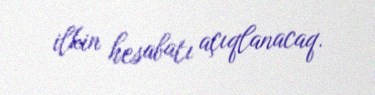
ilkin hesabatı açıqlanacaq.